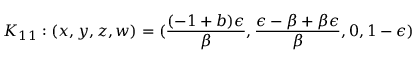
K _ { 1 1 } : ( x , y , z , w ) = ( \frac { ( - 1 + b ) \epsilon } { \beta } , \frac { \epsilon - \beta + \beta \epsilon } { \beta } , 0 , 1 - \epsilon )